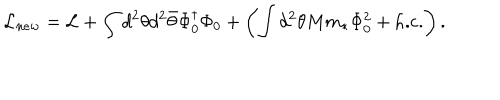
LaTeX: { \cal L } _ { n e w } = { \cal L } + \int d ^ { 2 } \theta d ^ { 2 } \bar { \theta } \Phi _ { 0 } ^ { \dagger } \Phi _ { 0 } + \left( \int d ^ { 2 } \theta M m _ { * } \Phi _ { 0 } ^ { 2 } + \mathrm { h . c . } \right) . \nonumber